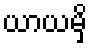
ယာယမှိ